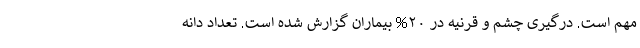
مهم است. درگیری چشم و قرنیه در ۲۰% بیماران گزارش شده است. تعداد دانه